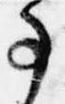
事